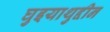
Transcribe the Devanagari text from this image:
घुइयाथुद्दीन